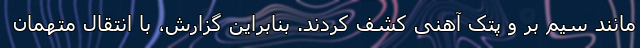
مانند سیم بر و پتک آهنی کشف کردند. بنابراین گزارش، با انتقال متهمان